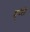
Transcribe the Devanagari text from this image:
मुगेली